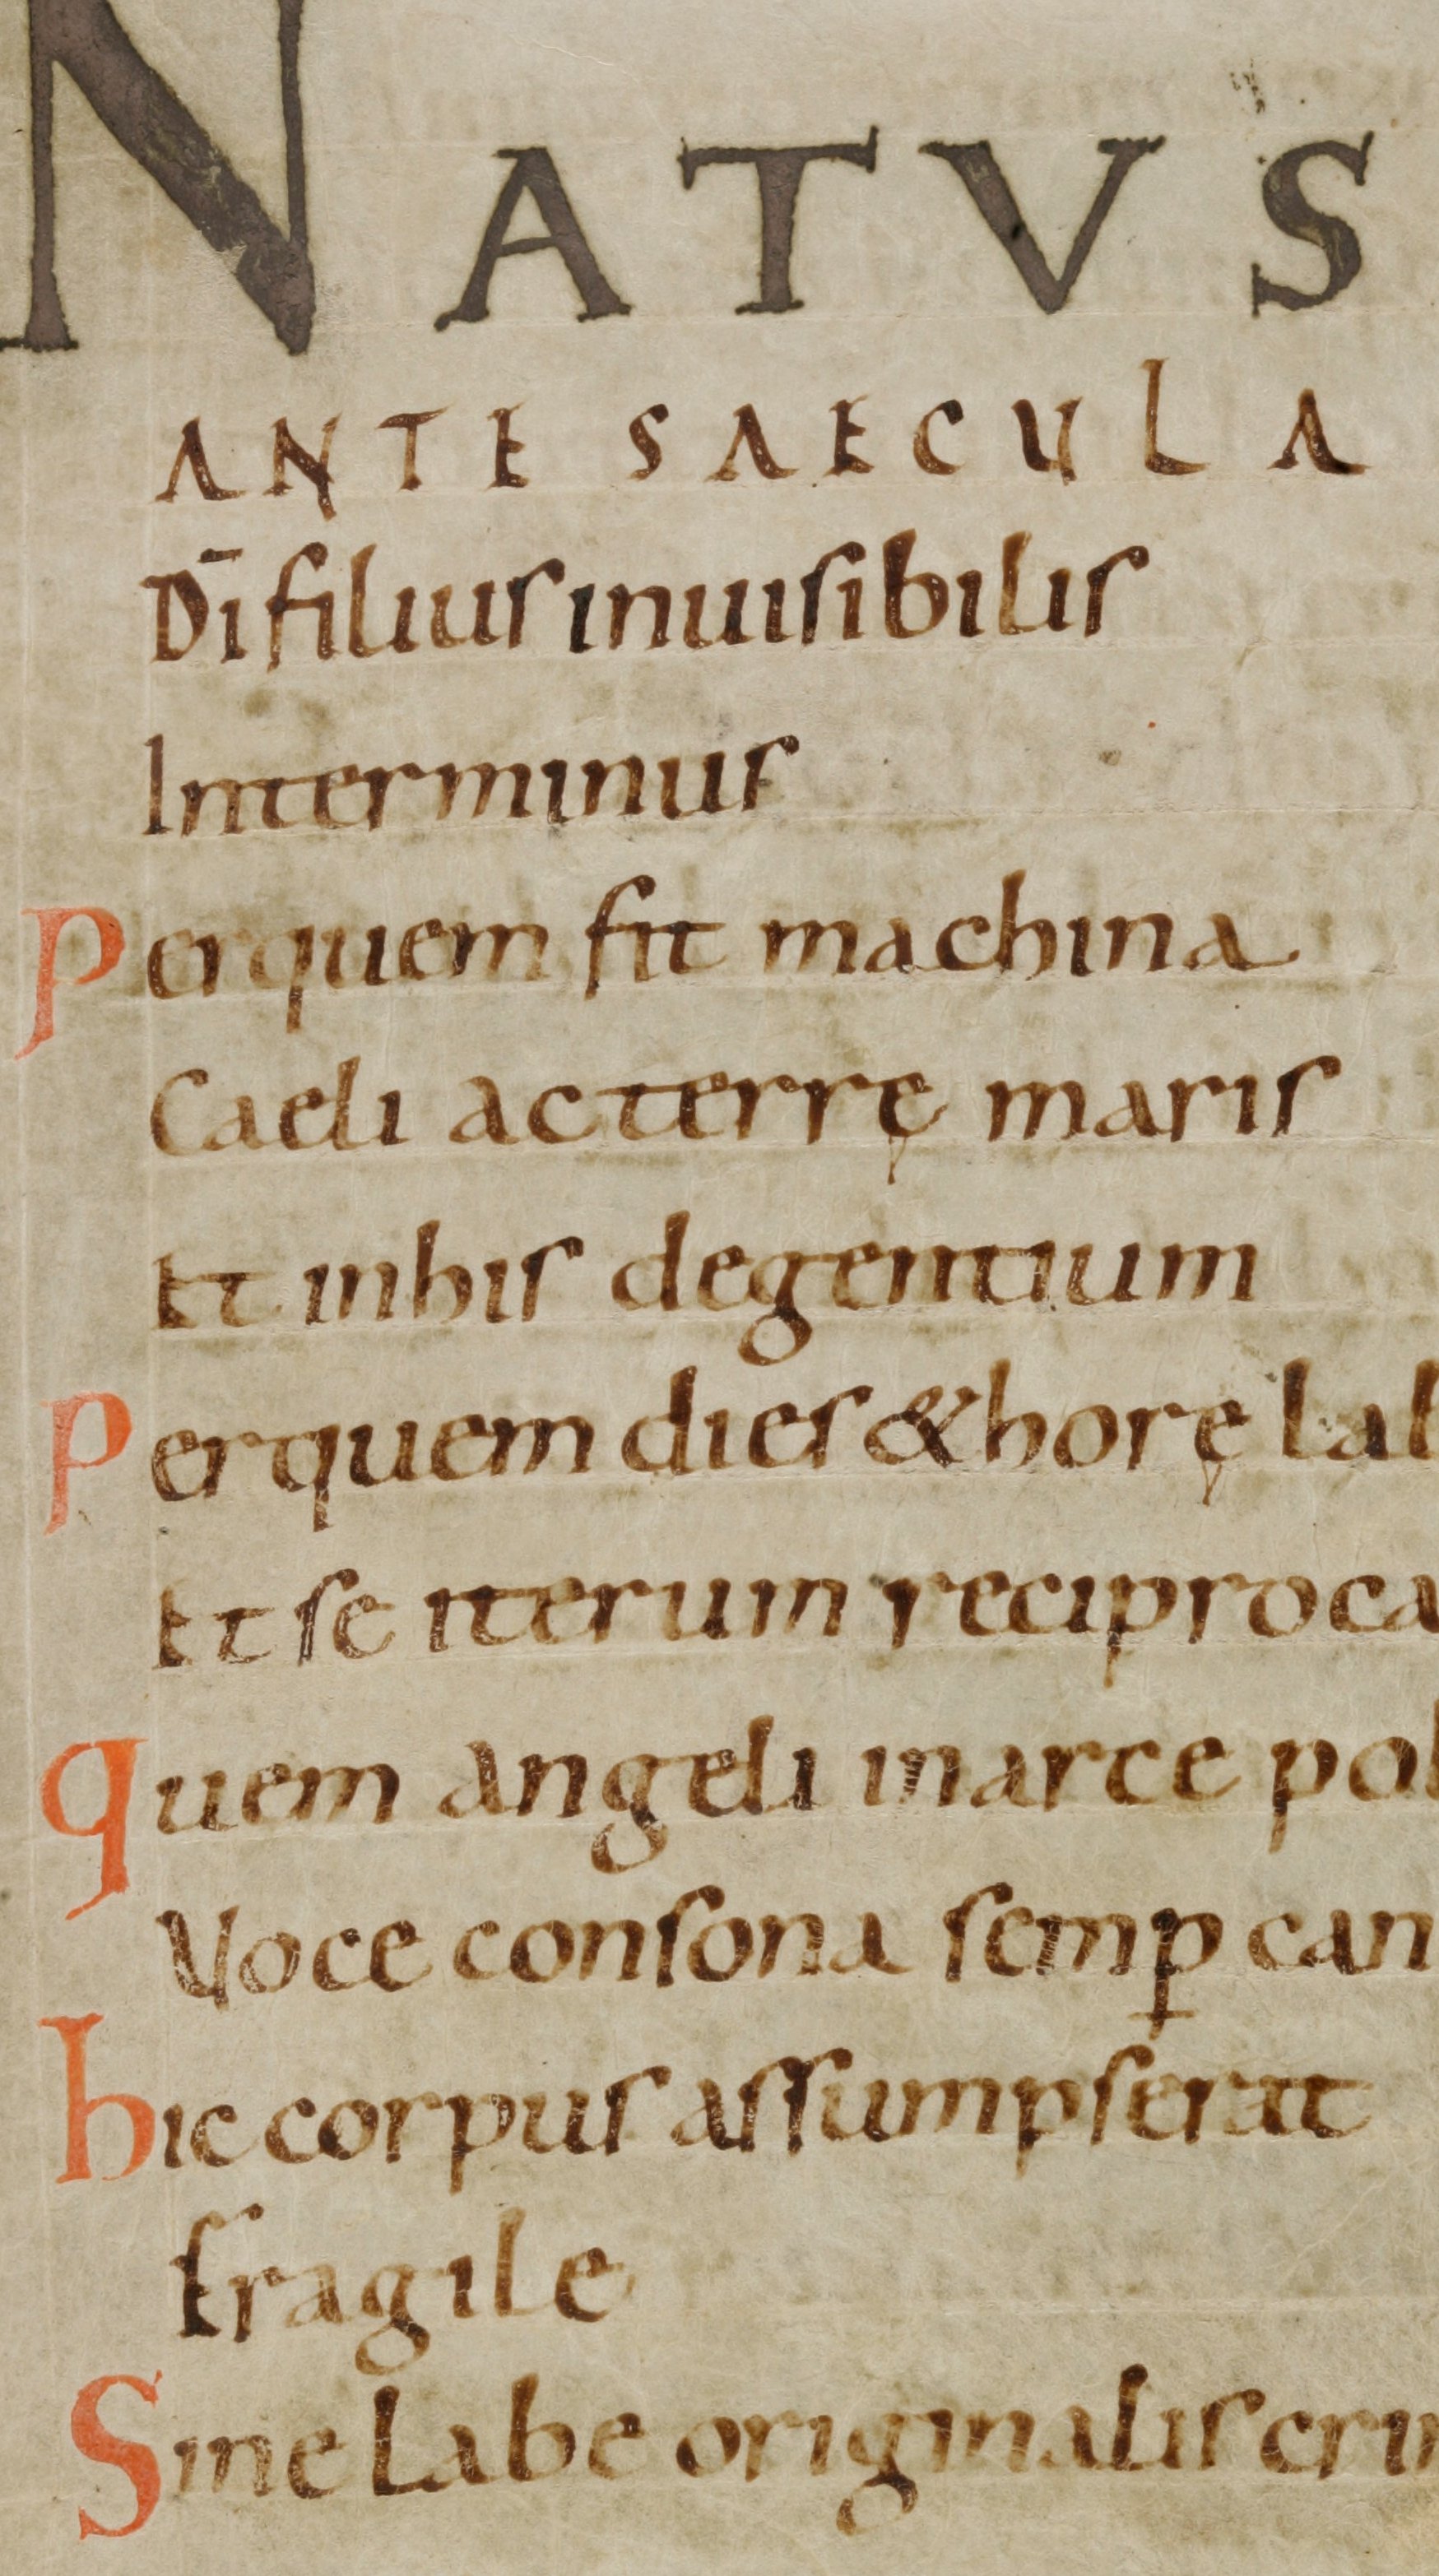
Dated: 1000–1099